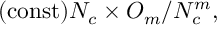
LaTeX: \mathrm { ( c o n s t ) } N _ { c } \times { \cal O } _ { m } / N _ { c } ^ { m } ,